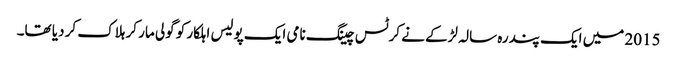
2015 میں ایک پندرہ سالہ لڑکے نے کرٹس چینگ نامی ایک پولیس اہلکار کو گولی مار کر ہلاک کر دیا تھا۔